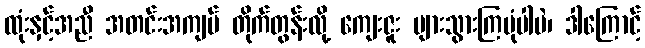
ထုံးနှင့်အညီ အတင်းအကျပ် တိုက်တွန်းလို့ ကျေးဇူး များသွားကြပုံပါပဲ၊ ဒါကြောင့်